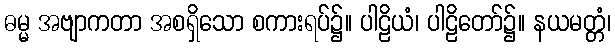
ဓမ္မ အဗျာကတာ အစရှိသော စကားရပ်၌။ ပါဠိယံ၊ ပါဠိတော်၌။ နယမတ္တံ၊